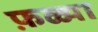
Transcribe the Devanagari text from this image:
फ़ळ्या